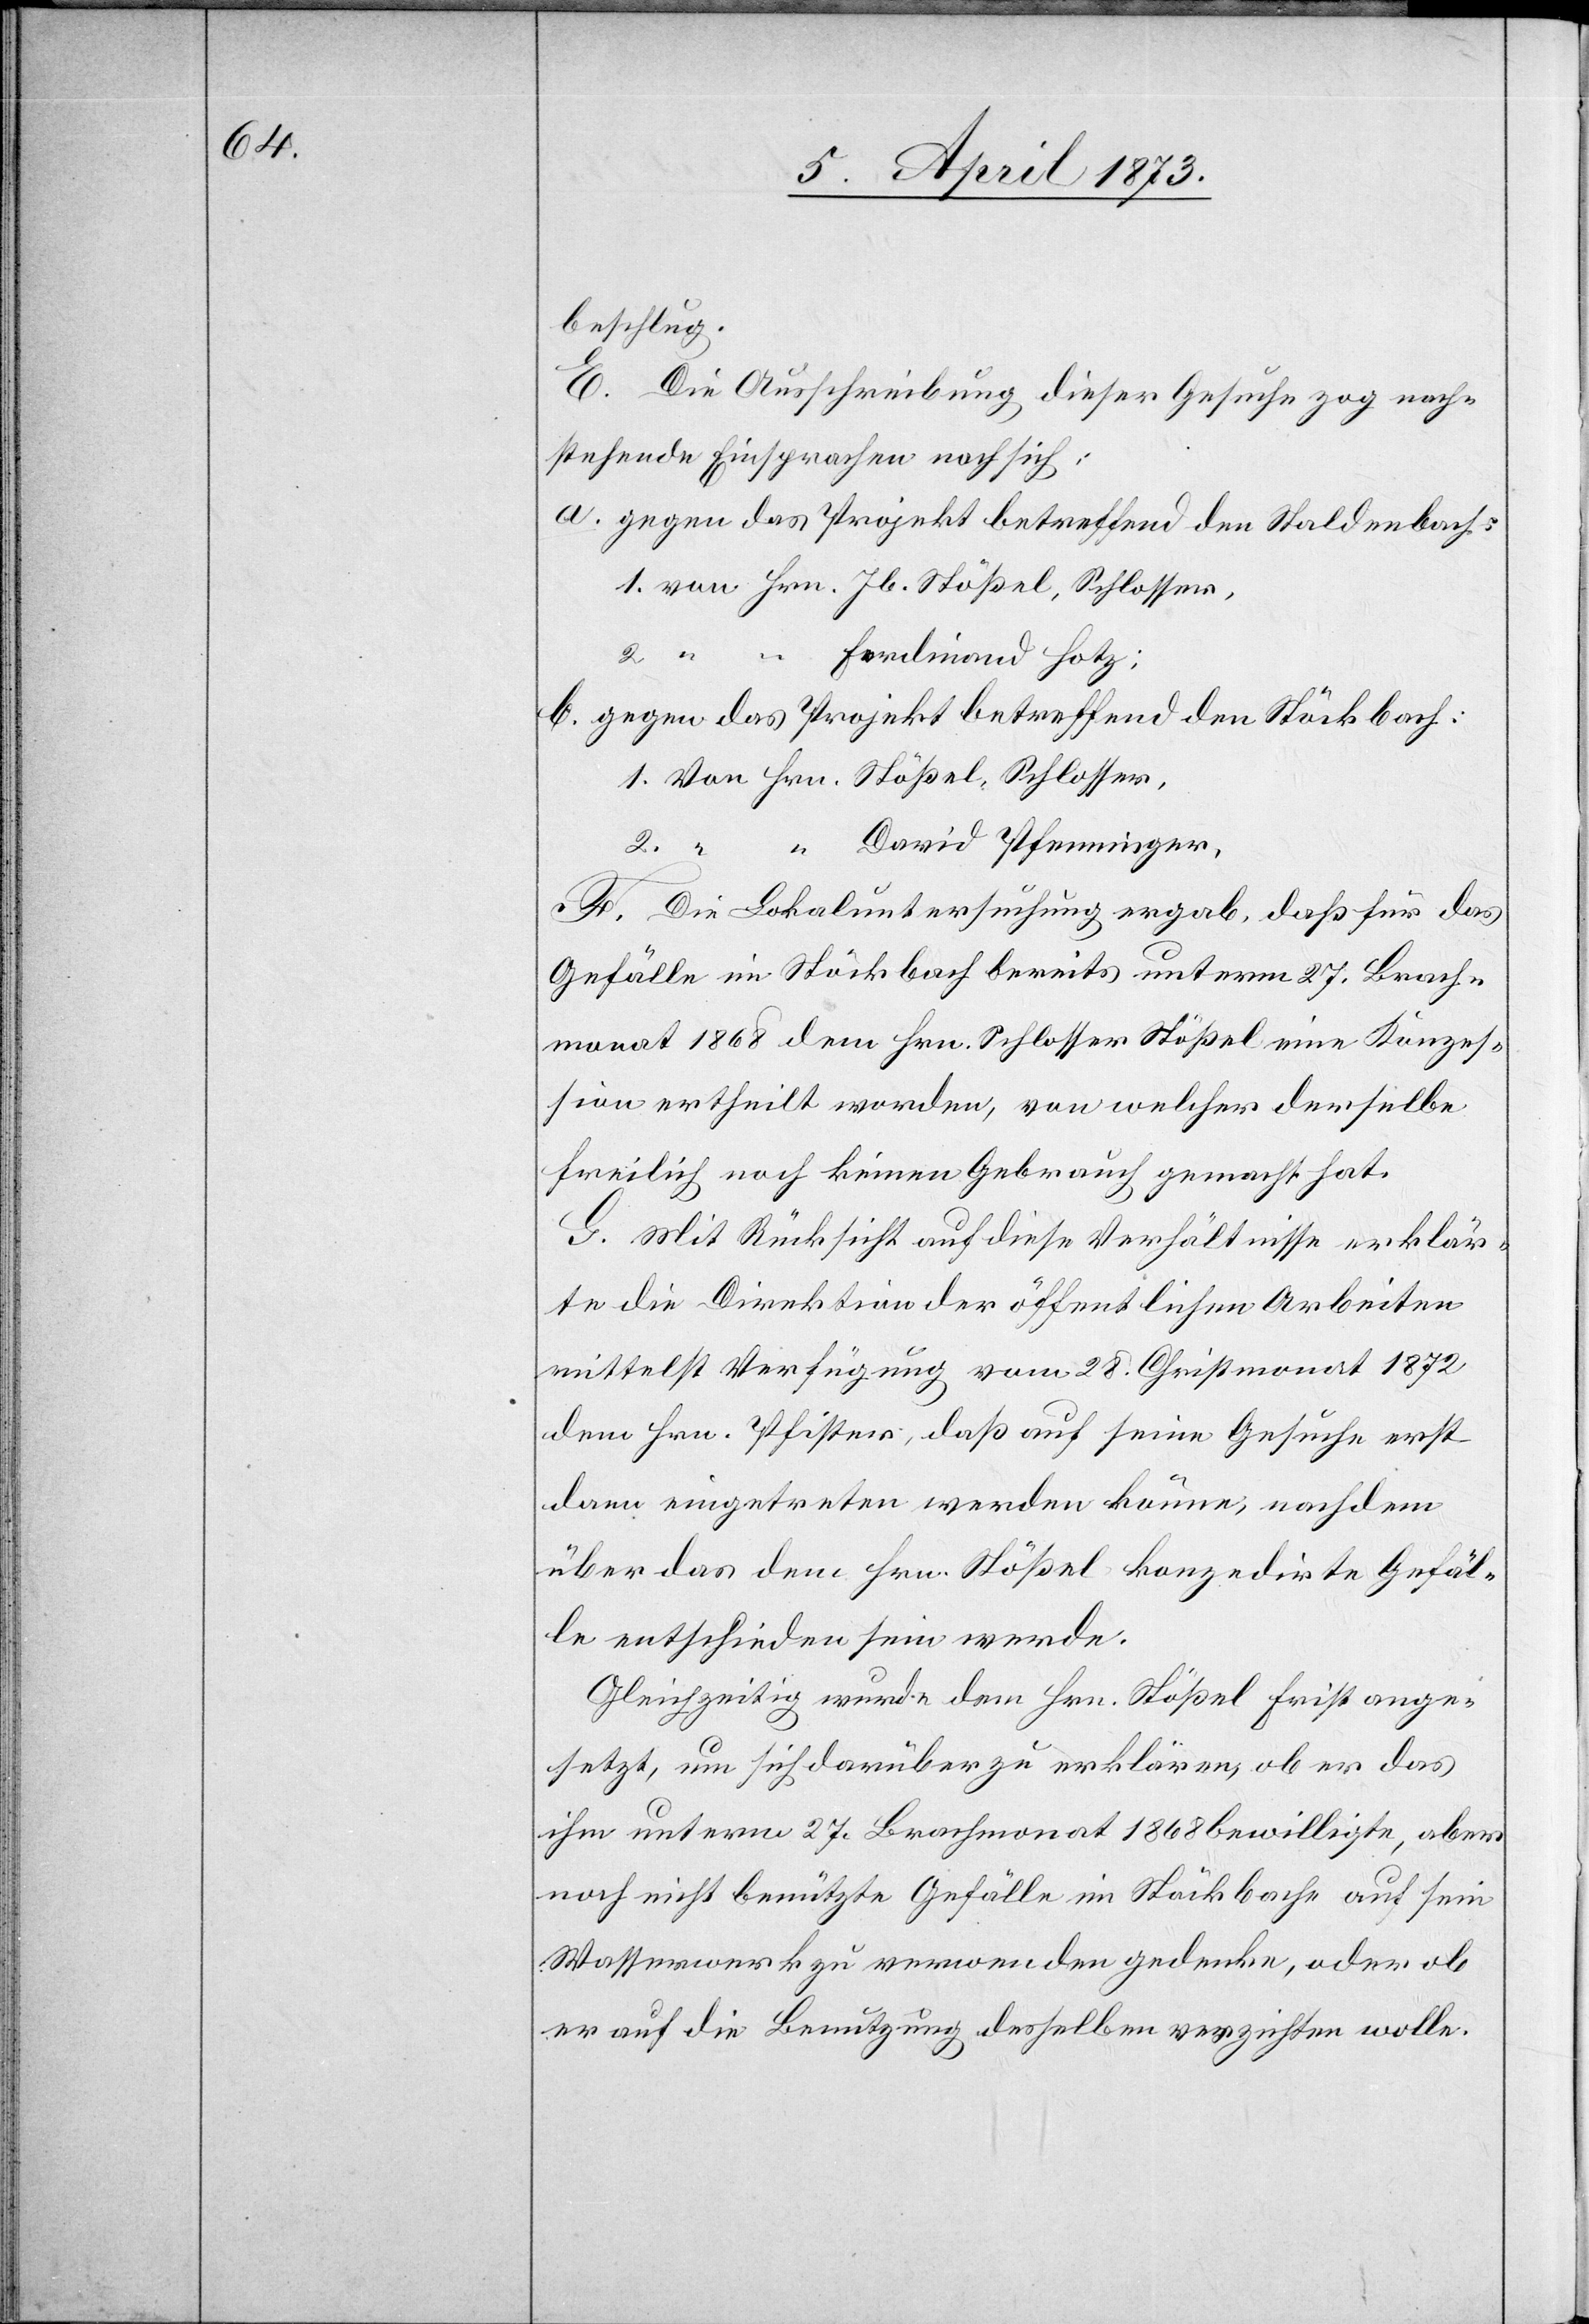
beschlug.
E. Die Ausschreibung dieser Gesuche zog nach¬
stehende Einsprachen nach sich:
a. gegen das Projekt betreffend den Staldenbach
1. von Hrn. Jb. Stößel, Schlosser,
Ferdinand Hotz.
2. “ “
b. gegen das Projekt betreffend den Stöckbach:
1. Von Hrn. Stößel, Schlosser,
David Pfenninger,
F. Die Lokaluntersuchung ergab, daß für das
Gefälle im Stöckbach bereits unterm 27. Brach¬
monat 1868 dem Hrn. Schlosser Stößel eine Konzes¬
sion ertheilt worden, von welcher derselbe
freilich noch keinen Gebrauch gemacht hat.
G. Mit Rücksicht auf diese Verhältnisse erklär¬
te die Direktion der öffentlichen Arbeiten
mittelst Verfügung vom 28. Christmonat 1872
dem Hrn. Pfister, daß auf seine Gesuche erst
dann eingetreten werden könne, nachdem
über das dem Hrn. Stößel konzedirte Gefäl¬
le entschieden sein werde.
Gleichzeitig wurde dem Hrn. Stößel Frist ange¬
setzt, um sich darüber zu erklären, ob er das
ihm unterm 27. Brachmonat 1868 bewilligte, aber
noch nicht benützte Gefälle im Stöckbache auf sein
Wasserwerk zu verwenden gedenke, oder ob
er auf die Benutzung desselben verzichten wolle.